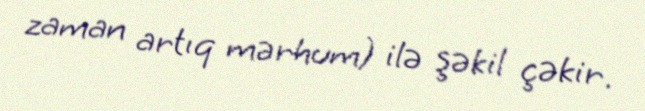
zaman artıq mərhum) ilə şəkil çəkir.